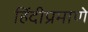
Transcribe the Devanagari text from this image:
हिंदीप्रमाणे